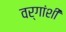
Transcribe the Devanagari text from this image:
वर्गांशी